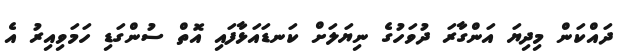
ދައްކަން މިދިޔަ އަންގާރަ ދުވަހުގެ ނިޔަލަށް ކަނޑައަޅާފައި އޮތް ސުންގަޑި ހަމަވިއިރު އެ